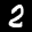
Label: 2